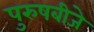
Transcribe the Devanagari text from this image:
पुरुषबीजे